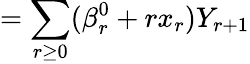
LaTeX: =\sum_{r\ge 0}(\beta_{r}^{0}+rx_{r})Y_{r+1}